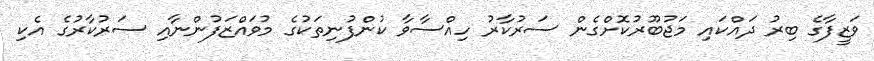
ވަޒީފާގެ ބިރު ދައްކައި މަޖުބޫރުކޮށްގެން ސަރުކާރު ހިއްސާވާ ކުންފުނިތަކުގެ މުވައްޒަފުންނާއި ސަރުކާރުގެ އެކި